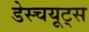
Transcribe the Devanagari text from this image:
डेस्चयूट्स